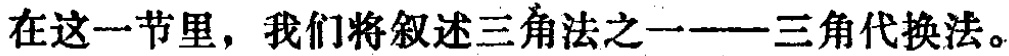
在这一节里，我们将叙述三角法之一——三角代换法。